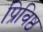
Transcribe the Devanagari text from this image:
प्रिविष्ठ